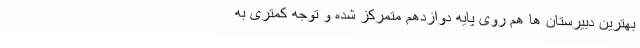
بهترین دبیرستان ها هم روی پایه دوازدهم متمرکز شده و توجه کمتری به